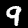
Label: 9